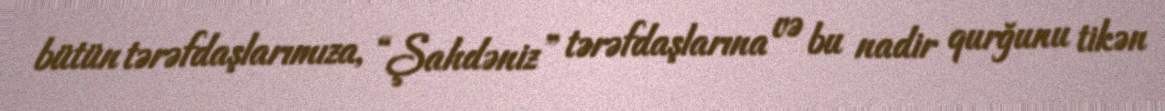
bütün tərəfdaşlarımıza, “Şahdəniz” tərəfdaşlarına və bu nadir qurğunu tikən